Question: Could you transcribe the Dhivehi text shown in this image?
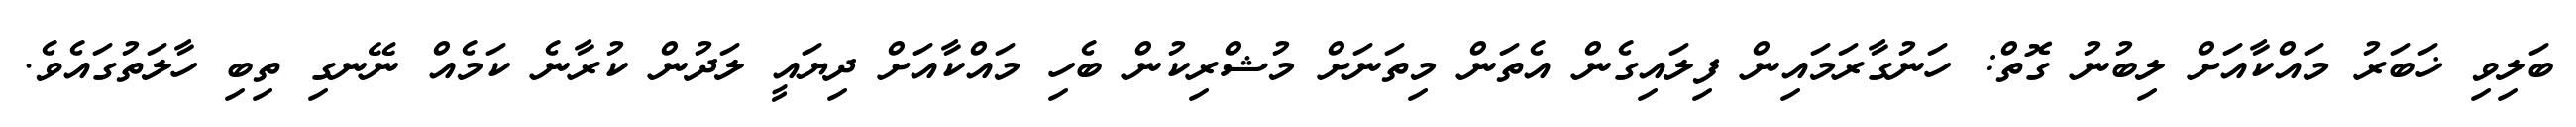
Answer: ބަލިވި ޚަބަރު މައްކާއަށް ލިބުނު ގޮތް: ހަނުގާރަމައިން ފިލައިގެން އެތަން މިތަނަށް މުޝްރިކުން ބެހި މައްކާއަށް ދިޔައީ ލަދުން ކުރާނެ ކަމެއް ނޭނގި ތިބި ހާލަތުގައެވެ.